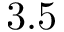
3 . 5